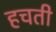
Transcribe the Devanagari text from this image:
हचती